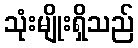
သုံးမျိုးရှိသည်